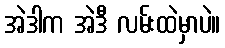
အဲဒါက အဲဒီ လမ်းထဲမှာပဲ။